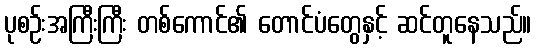
ပုစဉ်းအကြီးကြီး တစ်ကောင်၏ တောင်ပံတွေနှင့် ဆင်တူနေသည်။